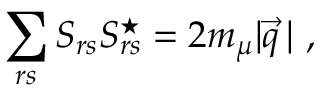
\sum _ { r s } S _ { r s } S _ { r s } ^ { \star } = 2 m _ { \mu } | \vec { q } \, | \ ,